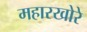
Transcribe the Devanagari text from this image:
महारखोरे